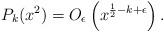
LaTeX: \begin{align*}P_k( x^2) = O_{\epsilon} \left( x^{\frac{1}{2}-k+\epsilon} \right).\end{align*}